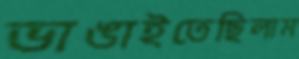
ভাঙাইতেছিলাম